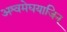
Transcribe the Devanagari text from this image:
अश्वमेघयाजिन्